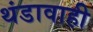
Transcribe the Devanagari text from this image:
थंडावाही